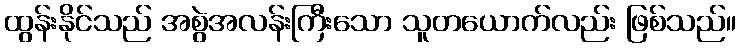
ထွန်းနိုင်သည် အစွဲအလန်းကြီးသော သူတယောက်လည်း ဖြစ်သည်။